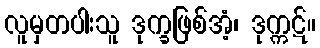
လူမှတပါးသူ ဒုက္ခဖြစ်အံ့၊ ဒုက္ကဋ်။